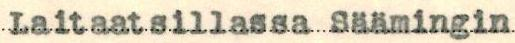
Laitaatsillassa Säämingin